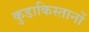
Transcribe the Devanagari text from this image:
कुडाकिस्तानों